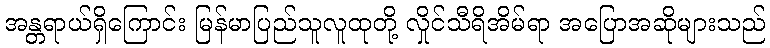
အန္တရာယ်ရှိကြောင်း မြန်မာပြည်သူလူထုတို့ လှိုင်သီရိအိမ်ရာ အပြောအဆိုများသည်